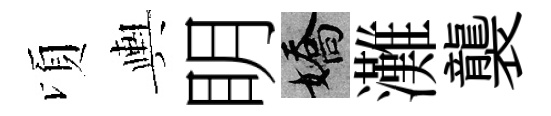
頃輿眀嬌灘襲